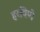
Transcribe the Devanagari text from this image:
हरविणे